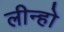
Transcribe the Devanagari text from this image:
लीन्‍हो